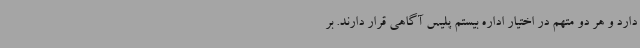
دارد و هر دو متهم در اختیار اداره بیستم پلیس آگاهی قرار دارند. بر